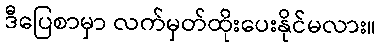
ဒီပြေစာမှာ လက်မှတ်ထိုးပေးနိုင်မလား။